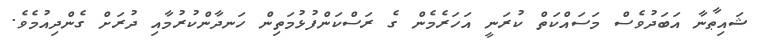
ޝައިޠާނާ އަބަދުވެސް މަސައްކަތް ކުރަނީ އަހަރެމެން ގެ ރަސްކަންފުޅުމަތިން ހަނދާންކުރުމާއި ދުރަށް ގެންދިއުމެވެ.